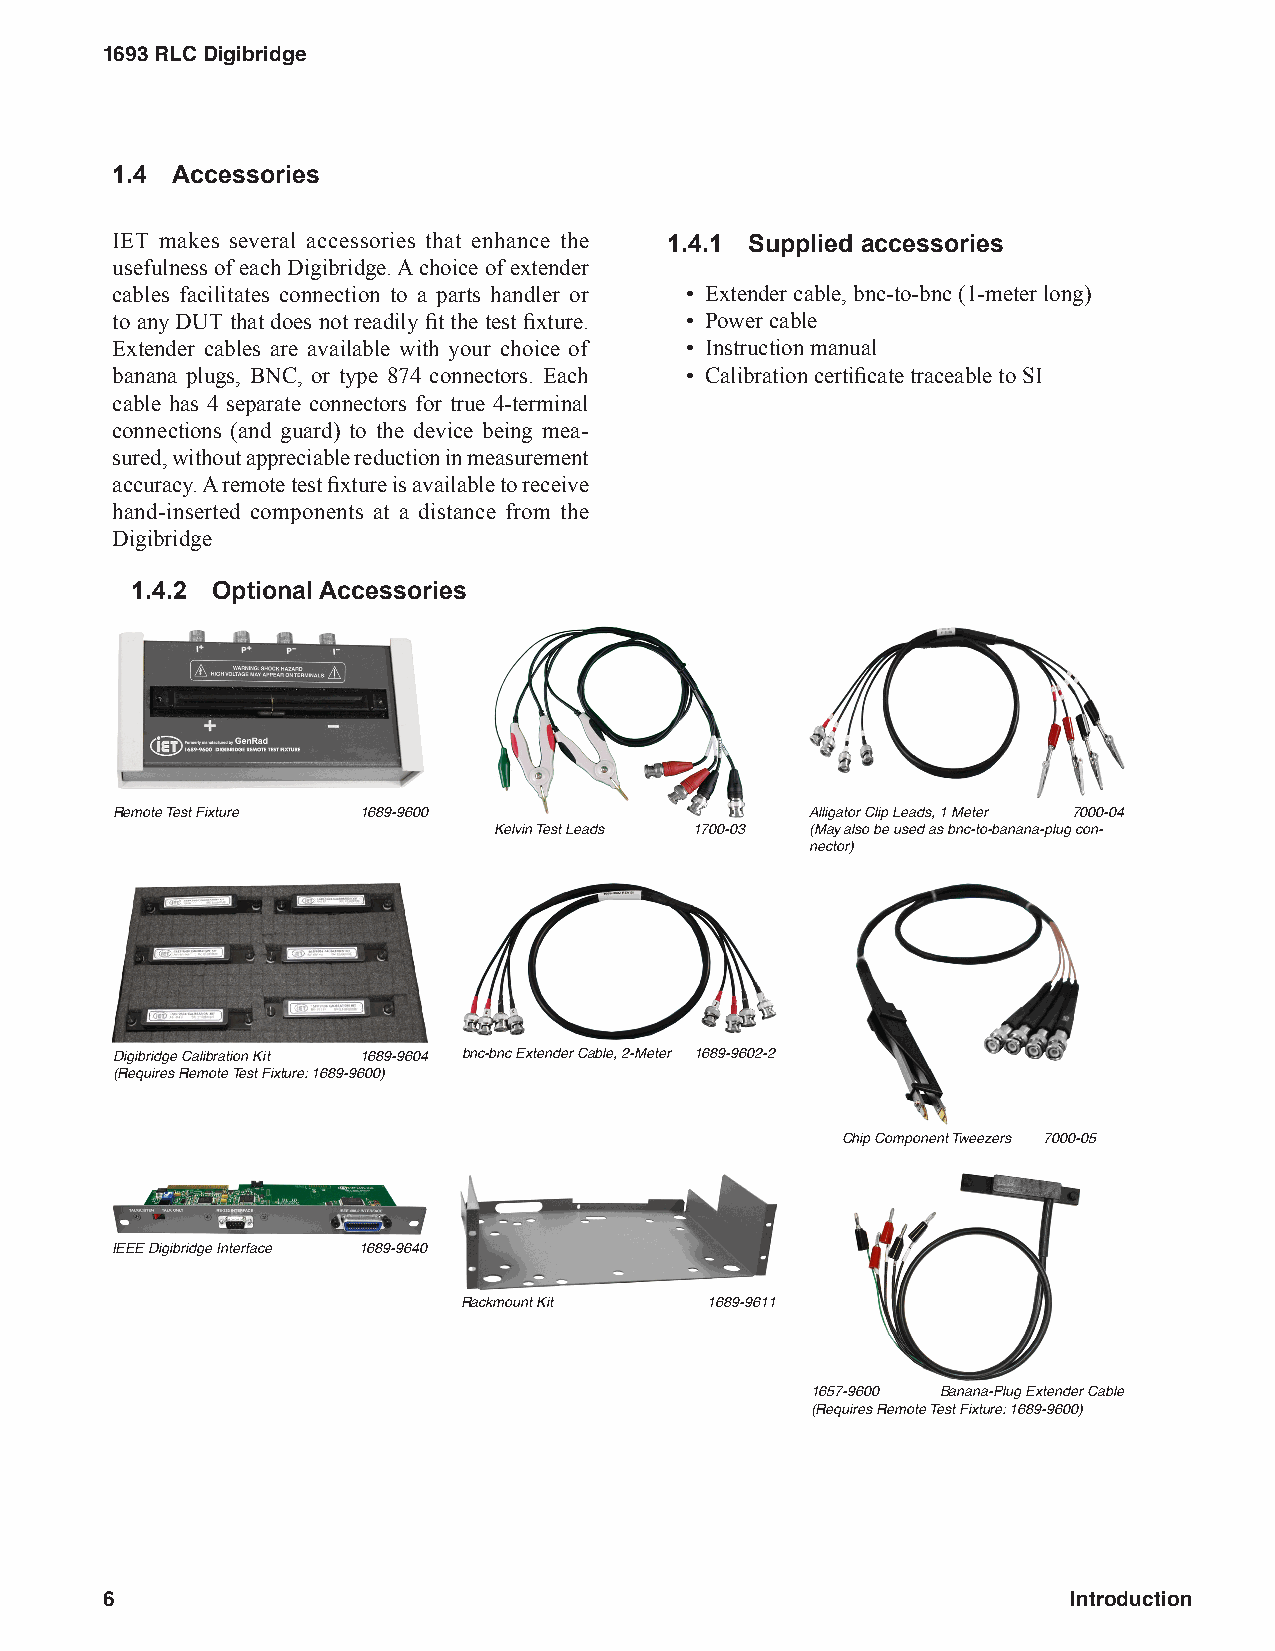
1693 RLC Digibridge
 1.4 Accessories
 IET makes several accessories that enhance the 1.4.1 Supplied accessories
 usefulness of each Digibridge. A choice of extender
 cables facilitates connection to a parts handler or • Extender cable, bnc-to-bnc (1-meter long)
 to any DUT that does not readily fit the test fixture. • Power cable
 Extender cables are available with your choice of • Instruction manual
 banana plugs, BNC, or type 874 connectors. Each • Calibration certificate traceable to SI
 cable has 4 separate connectors for true 4-terminal
 connections (and guard) to the device being mea-
 sured, without appreciable reduction in measurement
 accuracy. A remote test fixture is available to receive
 hand-inserted components at a distance from the
 Digibridge
 1.4.2 Optional Accessories
 Remote Test Fixture 1689-9600                  Alligator Clip Leads, 1 Meter 7000-04
 Kelvin Test Leads 1700-03 (May also be used as bnc-to-banana-plug con-
 nector)
 Digibridge Calibration Kit 1689-9604 bnc-bnc Extender Cable, 2-Meter 1689-9602-2
 (Requires Remote Test Fixture: 1689-9600)
 Chip Component Tweezers 7000-05
 IEEE Digibridge Interface 1689-9640
 Rackmount Kit    1689-9611
 1657-9600 Banana-Plug Extender Cable
 (Requires Remote Test Fixture: 1689-9600)
 6                                                               Introduction